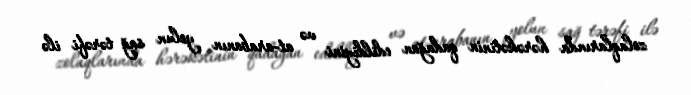
zolaqlarında hərəkətinin qadağan edildiyini və at-arabanın yolun sağ tərəfi ilə